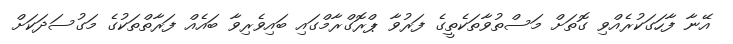
އޭނާ ފާހަގަކުރެއްވި ގޮތަށް މަސްތުވާތަކެތީގެ ފަރުވާ ޕްރޮގްރާމްގައި ބައިވެރިވާ ބައެއް ފަރާތްތަކުގެ މަގުސަދަކަށް